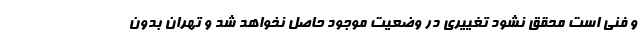
و فنی است محقق نشود تغییری در وضعیت موجود حاصل نخواهد شد و تهران بدون